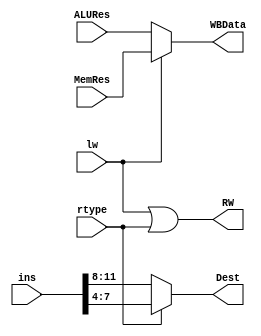
`timescale 1ns / 1ps
//////////////////////////////////////////////////////////////////////////////////
// Company: 
// Engineer: 
// 
// Design Name: 
// Module Name:    mid1 
// Project Name: 
// Target Devices: 
// Tool versions: 
// Description: 
//
// Dependencies: 
//
// Revision: 
// Revision 0.01 - File Created
// Additional Comments: 
//
//////////////////////////////////////////////////////////////////////////////////
module mid1(rtype, lw, ins, Dest, ALURes, MemRes, WBData, RW
    );
	 input rtype;
	 input lw;
	 input [19:0] ins;
	 output reg [3:0] Dest;
	 input [19:0] ALURes;
	 input [19:0] MemRes;
	 output reg [19:0] WBData;
	 output reg RW;
	 
	 always @(*)
	 begin
	 RW = lw || rtype;
	 if(lw)
	 WBData = MemRes;
	 else
	 WBData = ALURes;
	 
	 if(rtype == 1)
	 Dest = ins[7:4];
	 else
	 Dest = ins[11:8];
	 end

endmodule